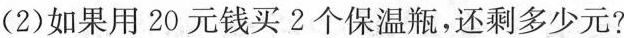
(2)如果用20元钱买2个保温瓶，还剩多少元?